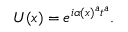
U ( x ) = e ^ { i \alpha ( x ) ^ { a } t ^ { a } } .